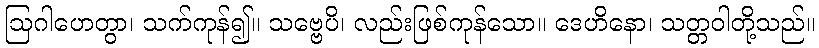
ဩဂါဟေတွာ၊ သက်ကုန်၍။ သဗ္ဗေပိ၊ လည်းဖြစ်ကုန်သော။ ဒေဟိနော၊ သတ္တဝါတို့သည်။